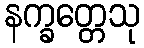
နက္ခတ္တေသု